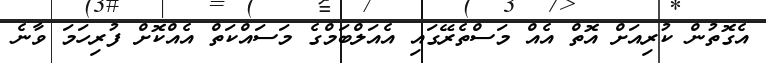
އެގޮތުން ކުރިއަށް އޮތް އެއް މަސްތެރޭގައި އެއަލްބަމްގެ މަސައްކަތް އެއްކޮށް ފުރިހަމަ ވާނެ